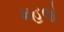
મહલો